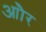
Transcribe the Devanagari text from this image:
आौर